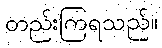
တည်းကြရသည်။